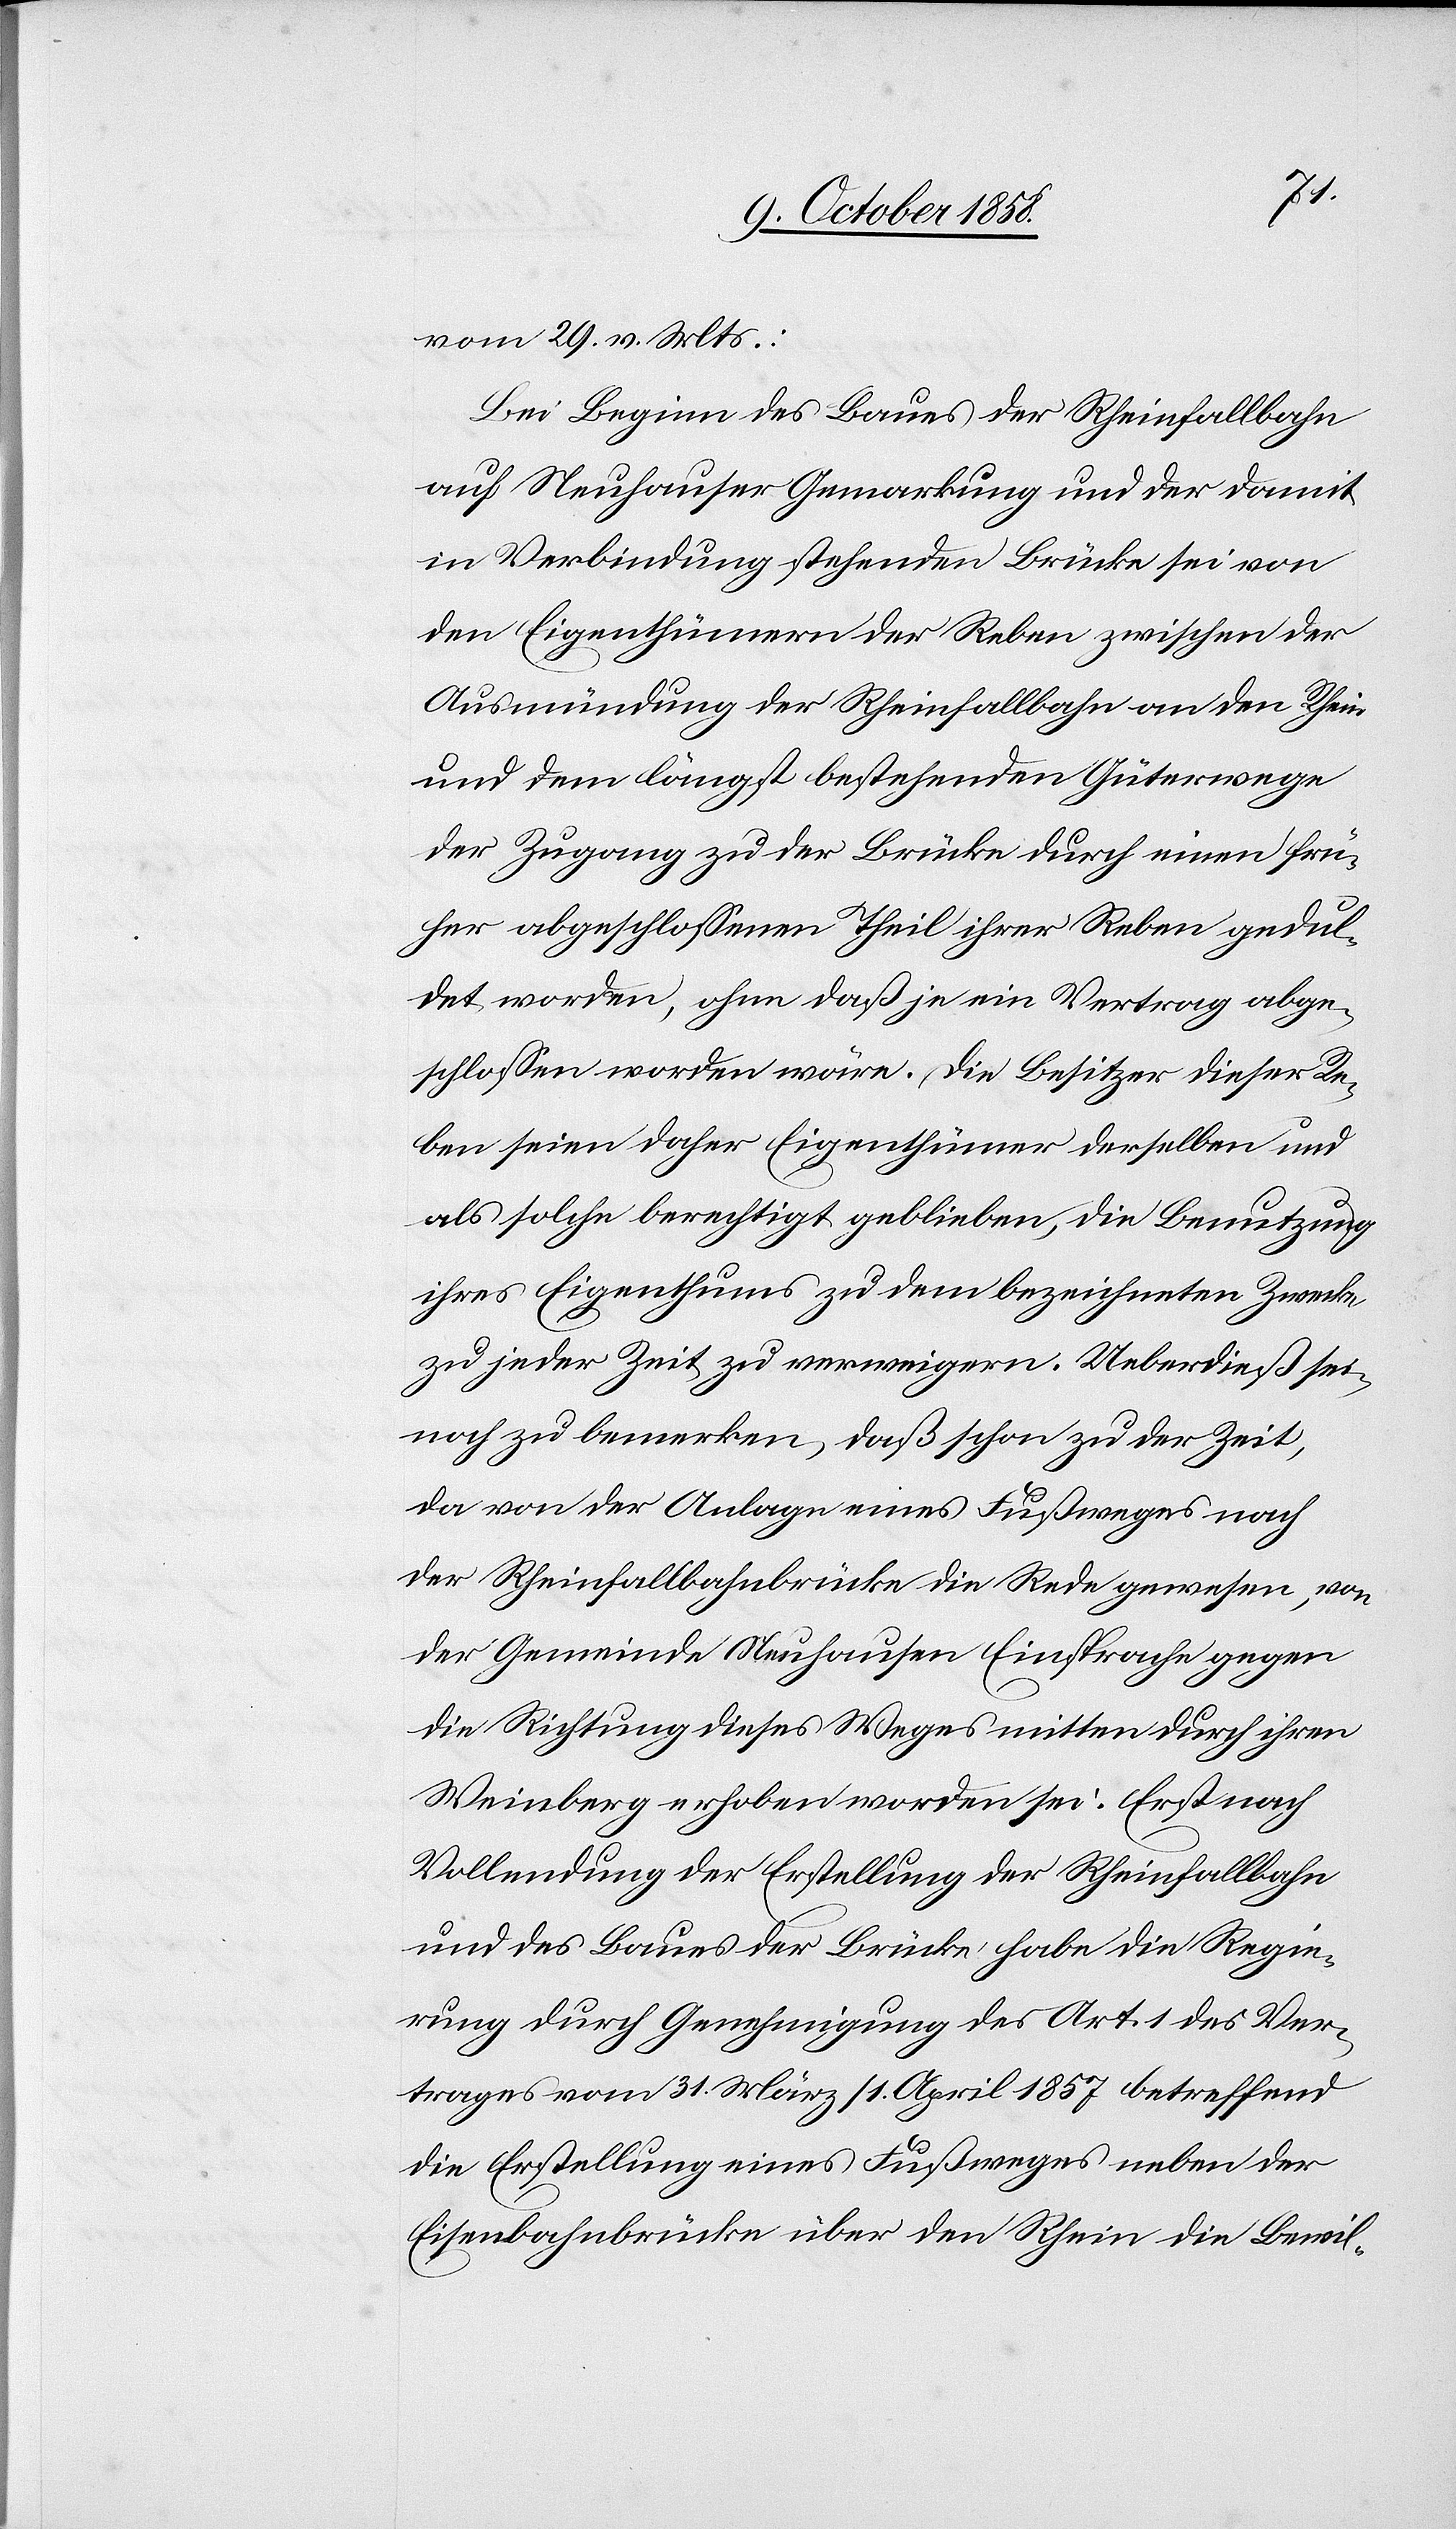
vom 29. v. Mts.:
Bei Beginn des Baues der Rheinfallbahn
auf Neuhauser Gemarkung und der damit
in Verbindung stehenden Brücke sei von
den Eigenthümern der Reben zwischen der
Ausmündung der Rheinfallbahn an den Rhein
und dem längst bestehenden Güterwege
der Zugang zu der Brücke durch einen frü¬
her abgeschlossenen Theil ihrer Reben gedul¬
det worden, ohne daß je ein Vertrag abge¬
schlossen worden wäre. Die Besitzer dieser Re¬
ben seien daher Eigenthümer derselben und
als solche berechtigt geblieben, die Benutzung
ihres Eigenthums zu dem bezeichneten Zwecke
zu jeder Zeit zu verweigern. Ueberdieß sei
noch zu bemerken, daß schon zu der Zeit,
da von der Anlage eines Fußweges nach
der Rheinfallbahnbrücke die Rede gewesen, von
der Gemeinde Neuhausen Einsprache gegen
die Richtung dieses Weges mitten durch ihren
Weinberg erhoben worden sei. Erst nach
Vollendung der Erstellung der Rheinfallbahn
und des Baues der Brücke habe die Regie¬
rung durch Genehmigung des Art. 1 des Ver¬
trages vom 31. März / 1. April 1857 betreffend
die Erstellung eines Fußweges neben der
Eisenbahnbrücke über den Rhein die Bewil-